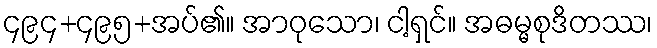
၄၉၄+၄၉၅+အပ်၏။ အာဝုသော၊ ငါ့ရှင်။ အဓမ္မစုဒိတဿ၊